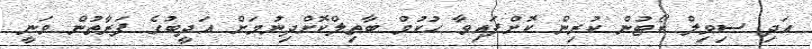
އަދި ސިވިލް ކޯޓުން ކުރިން ކޮށްފައިވާ ހުކުމް ބާތިލްކޮށްދިނުމަށް އަދީބުގެ ފަރާތުން ވަނީ